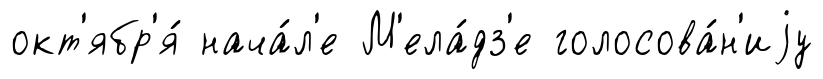
окт'ябр'я́ нача́л'е М'ела́дз'е голосова́н'иjу